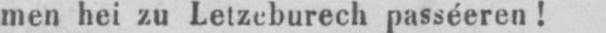
men hei zu Letzeburech passéeren!